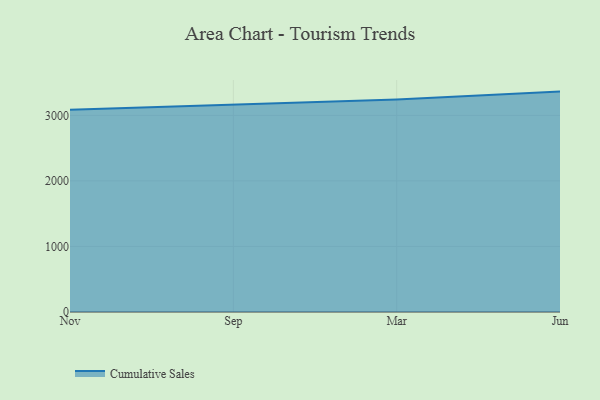
{"axis": {"x": "Month", "y": "Tickets Resolved"}, "legend": ["Cumulative Sales"], "data": [{"x": "Nov", "y": 3085.4, "type": "Cumulative Sales"}, {"x": "Sep", "y": 3168.5, "type": "Cumulative Sales"}, {"x": "Mar", "y": 3241.8, "type": "Cumulative Sales"}, {"x": "Jun", "y": 3362.9, "type": "Cumulative Sales"}]}